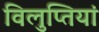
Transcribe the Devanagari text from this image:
विलुप्तियां